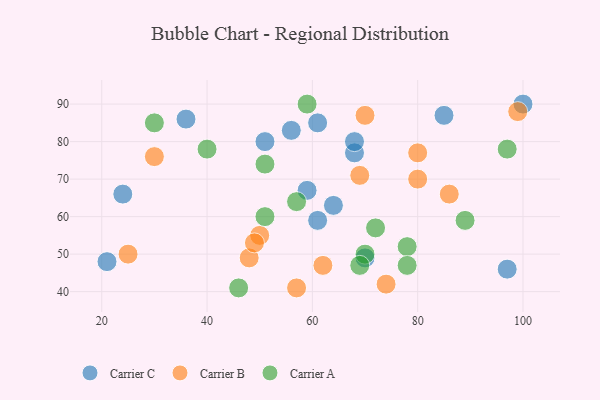
{"axis": {"x": "GDP", "y": "Life Expectancy"}, "legend": ["Carrier A", "Carrier B", "Carrier C"], "data": [{"x": "68", "y": 77, "type": "Carrier C"}, {"x": "36", "y": 86, "type": "Carrier C"}, {"x": "51", "y": 80, "type": "Carrier C"}, {"x": "21", "y": 48, "type": "Carrier C"}, {"x": "85", "y": 87, "type": "Carrier C"}, {"x": "100", "y": 90, "type": "Carrier C"}, {"x": "24", "y": 66, "type": "Carrier C"}, {"x": "70", "y": 49, "type": "Carrier C"}, {"x": "64", "y": 63, "type": "Carrier C"}, {"x": "61", "y": 59, "type": "Carrier C"}, {"x": "97", "y": 46, "type": "Carrier C"}, {"x": "61", "y": 85, "type": "Carrier C"}, {"x": "59", "y": 67, "type": "Carrier C"}, {"x": "68", "y": 80, "type": "Carrier C"}, {"x": "56", "y": 83, "type": "Carrier C"}, {"x": "80", "y": 77, "type": "Carrier B"}, {"x": "86", "y": 66, "type": "Carrier B"}, {"x": "80", "y": 70, "type": "Carrier B"}, {"x": "25", "y": 50, "type": "Carrier B"}, {"x": "62", "y": 47, "type": "Carrier B"}, {"x": "74", "y": 42, "type": "Carrier B"}, {"x": "48", "y": 49, "type": "Carrier B"}, {"x": "50", "y": 55, "type": "Carrier B"}, {"x": "57", "y": 41, "type": "Carrier B"}, {"x": "49", "y": 53, "type": "Carrier B"}, {"x": "30", "y": 76, "type": "Carrier B"}, {"x": "70", "y": 87, "type": "Carrier B"}, {"x": "69", "y": 71, "type": "Carrier B"}, {"x": "99", "y": 88, "type": "Carrier B"}, {"x": "72", "y": 57, "type": "Carrier A"}, {"x": "46", "y": 41, "type": "Carrier A"}, {"x": "70", "y": 50, "type": "Carrier A"}, {"x": "69", "y": 47, "type": "Carrier A"}, {"x": "51", "y": 74, "type": "Carrier A"}, {"x": "59", "y": 90, "type": "Carrier A"}, {"x": "51", "y": 60, "type": "Carrier A"}, {"x": "57", "y": 64, "type": "Carrier A"}, {"x": "30", "y": 85, "type": "Carrier A"}, {"x": "97", "y": 78, "type": "Carrier A"}, {"x": "89", "y": 59, "type": "Carrier A"}, {"x": "40", "y": 78, "type": "Carrier A"}, {"x": "78", "y": 52, "type": "Carrier A"}, {"x": "78", "y": 47, "type": "Carrier A"}]}